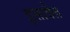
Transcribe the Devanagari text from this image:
इसाबैल